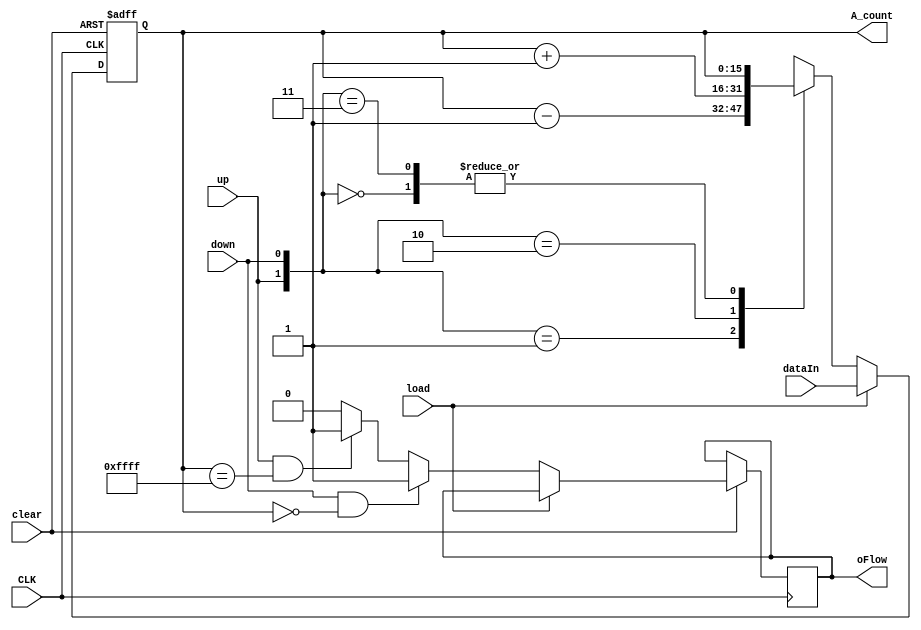
//16bit up/down counter
module counterUpDown (
                    output reg [15:0] A_count,
                    output reg  oFlow,
                    input [15:0] dataIn,
                    input up,
                    input down,
                    input load,
                    input clear,
                    input CLK);
always @ (posedge CLK, negedge clear)
if (~clear)
    A_count <= 16'b0000000000000000;
else
    begin
        if (load) A_count <= dataIn;
        else
            begin
                if (oFlow)
                    oFlow <= 0;
                if (up && A_count == 16'b1111111111111111)
                    oFlow <= 1;
                if (down && A_count == 16'b0000000000000000)
                    oFlow <= 1;
                case ({up, down})
                    2'b00: A_count <= A_count;
                    2'b01: A_count <= A_count-1;
                    2'b10: A_count <= A_count+1;
                    2'b11: A_count <= A_count;
                endcase
                
            end
    end
endmodule